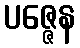
ပဇ္ဇေန